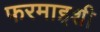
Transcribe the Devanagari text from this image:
फरमाइशी